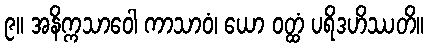
၉။ အနိက္ကသာဝေါ ကာသာဝံ၊ ယော ဝတ္ထံ ပရိဒဟိဿတိ။